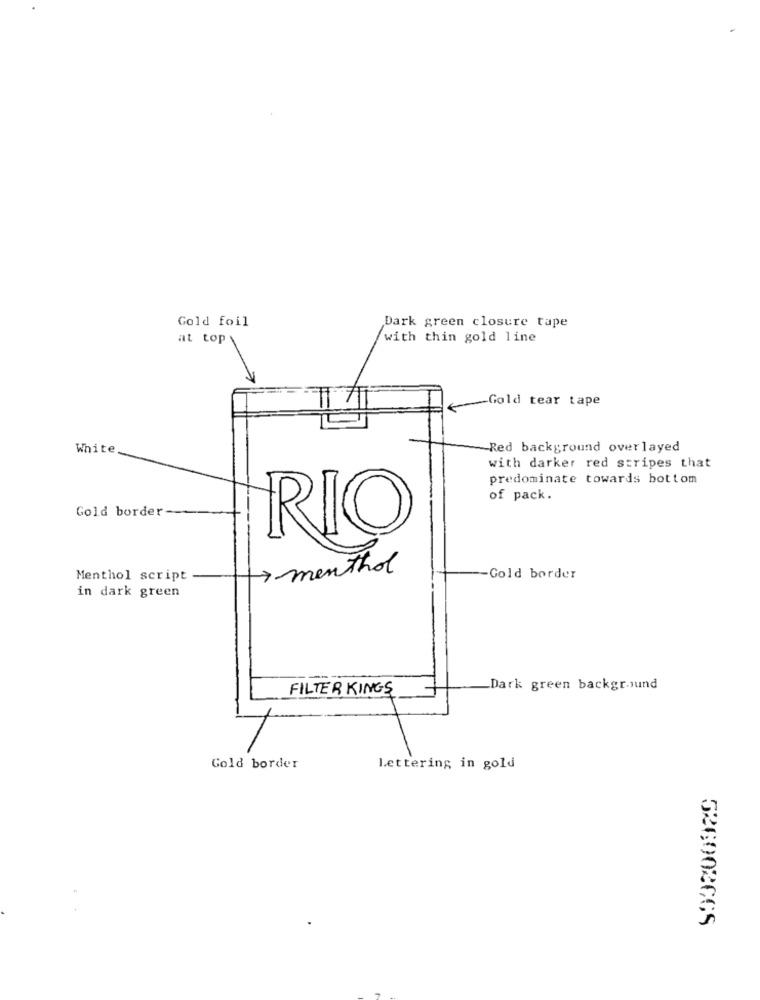
Gold foil
Dark green closure tape
at top
with thin gold line
Gold tear tape
White,
-Red background overlayed
with darker red stripes that
predominate towards bottom
of pack.
Gold border-
RIO
Menthol script
menthol
Gold border
in dark green
FILTER KINGS
Dark green background
Gold border
Lettering in gold
5260026GS